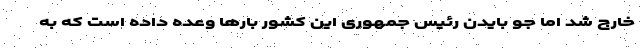
خارج شد اما جو بایدن رئیس جمهوری این کشور بارها وعده داده است که به